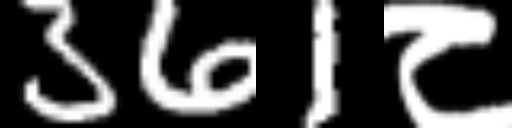
Text: 361८